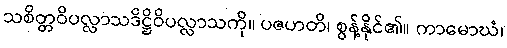
သစိတ္တဝိပလ္လာသဒိဋ္ဌိဝိပလ္လာသကို။ ပဇဟတိ၊ စွန့်နိုင်၏။ ကာမောဃံ၊